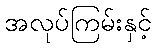
အလုပ်ကြမ်းနှင့်